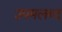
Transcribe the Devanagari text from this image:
उपमलब्द